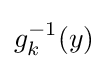
g_{k}^{-1}(y)